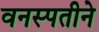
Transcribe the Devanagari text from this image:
वनस्पतीने